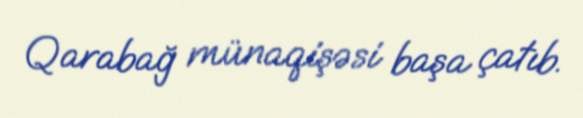
Qarabağ münaqişəsi başa çatıb.